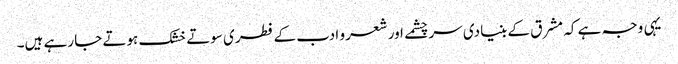
یہی وجہ ہے کہ مشرق کے بنیادی سر چشمے اور شعر و ادب کے فطری سوتے خشک ہوتے جا رہے ہیں۔